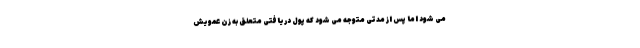
می شود اما پس از مدتی متوجه می شود که پول دریافتی متعلق به زن عمویش